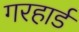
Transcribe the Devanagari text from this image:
गरहार्ड